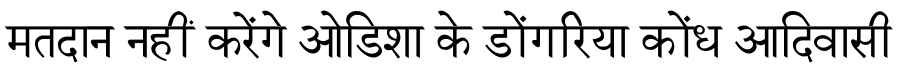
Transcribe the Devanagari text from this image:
मतदान नहीं करेंगे ओडिशा के डोंगरिया कोंध आदिवासी